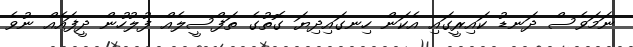
ނަމަވެސް ދަނޑު ކައިރީގައި އެކަން ހިނގައިދިޔަ ގޮތުގެ ތަފްސީލެއް ފުލުހުން ދީފައެއް ނުވެ